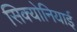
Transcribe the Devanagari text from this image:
सिक्योनियाई